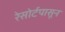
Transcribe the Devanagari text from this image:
रेसोर्टपासून